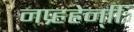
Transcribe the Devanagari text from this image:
नप्र्हहेन्िि